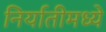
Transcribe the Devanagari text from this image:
निर्यातीमध्ये